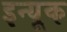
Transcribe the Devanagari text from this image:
इन्यूक